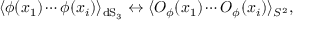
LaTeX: \langle \phi ( x _ { 1 } ) \cdots \phi ( x _ { i } ) \rangle _ { \mathrm { d S } _ { 3 } } \leftrightarrow \langle { \cal { O } } _ { \phi } ( x _ { 1 } ) \cdots { \cal { O } } _ { \phi } ( x _ { i } ) \rangle _ { S ^ { 2 } } ,